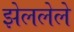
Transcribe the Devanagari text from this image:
झेललेले